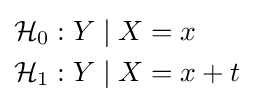
{\begin{aligned}{\mathcal {H}}_{0}&:Y\mid X=x\\{\mathcal {H}}_{1}&:Y\mid X=x+t\end{aligned}}